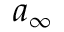
a _ { \infty }